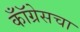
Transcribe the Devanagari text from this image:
कॉँग्रेसचा